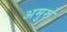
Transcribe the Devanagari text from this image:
अमुर्रू